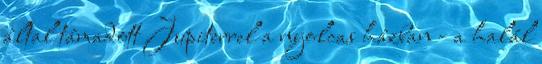
által támadott Jupiterrel a nyolcas házban - a halál